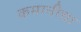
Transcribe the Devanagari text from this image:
कमानीचा